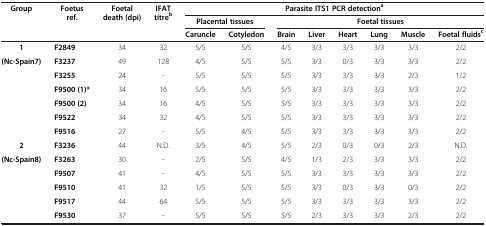
<table><thead><tr><td><b>Group</b></td><td><b> Foetus ref.</b></td><td><b>Foetal death (dpi)</b></td><td><b>IFAT titre<sup>b</sup></b></td><td colspan="8"><b>Parasite ITS1 PCR detection<sup>a</sup></b></td></tr><tr><td><b> </b></td><td><b> </b></td><td><b> </b></td><td><b> </b></td><td colspan="2"><b>Placental tissues</b></td><td colspan="6"><b>Foetal tissues</b></td></tr><tr><td><b> </b></td><td><b> </b></td><td><b> </b></td><td><b> </b></td><td><b>Caruncle</b></td><td><b>Cotyledon</b></td><td><b>Brain</b></td><td><b>Liver</b></td><td><b>Heart</b></td><td><b>Lung</b></td><td><b>Muscle</b></td><td><b>Foetal fluids<sup>c</sup></b></td></tr></thead><tbody><tr><td><b>1</b></td><td><b>F2849</b></td><td>34</td><td>32</td><td>5/5</td><td>5/5</td><td>4/5</td><td>3/3</td><td>3/3</td><td>3/3</td><td>3/3</td><td>2/2</td></tr><tr><td rowspan="6"><b>(Nc-Spain7)</b></td><td><b>F3237</b></td><td>49</td><td>128</td><td>4/5</td><td>5/5</td><td>5/5</td><td>3/3</td><td>0/3</td><td>3/3</td><td>3/3</td><td>2/2</td></tr><tr><td><b>F3255</b></td><td>24</td><td>-</td><td>5/5</td><td>5/5</td><td>5/5</td><td>3/3</td><td>3/3</td><td>3/3</td><td>2/3</td><td>1/2</td></tr><tr><td><b>F9500 (1)*</b></td><td>34</td><td>16</td><td>5/5</td><td>5/5</td><td>5/5</td><td>3/3</td><td>3/3</td><td>3/3</td><td>3/3</td><td>2/2</td></tr><tr><td><b>F9500 (2)</b></td><td>34</td><td>16</td><td>4/5</td><td>5/5</td><td>5/5</td><td>3/3</td><td>3/3</td><td>3/3</td><td>3/3</td><td>2/2</td></tr><tr><td><b>F9522</b></td><td>34</td><td>32</td><td>4/5</td><td>5/5</td><td>5/5</td><td>3/3</td><td>3/3</td><td>3/3</td><td>3/3</td><td>2/2</td></tr><tr><td><b>F9516</b></td><td>27</td><td>-</td><td>5/5</td><td>4/5</td><td>5/5</td><td>3/3</td><td>3/3</td><td>3/3</td><td>3/3</td><td>2/2</td></tr><tr><td><b>2</b></td><td><b>F3236</b></td><td>44</td><td>N.D.</td><td>3/5</td><td>4/5</td><td>5/5</td><td>2/3</td><td>0/3</td><td>0/3</td><td>2/3</td><td>N.D.</td></tr><tr><td rowspan="4"><b>(Nc-Spain8)</b></td><td><b>F3263</b></td><td>30</td><td>-</td><td>2/5</td><td>5/5</td><td>4/5</td><td>1/3</td><td>2/3</td><td>3/3</td><td>3/3</td><td>2/2</td></tr><tr><td><b>F9507</b></td><td>41</td><td>-</td><td>4/5</td><td>5/5</td><td>5/5</td><td>3/3</td><td>3/3</td><td>3/3</td><td>3/3</td><td>2/2</td></tr><tr><td><b>F9510</b></td><td>41</td><td>32</td><td>1/5</td><td>5/5</td><td>5/5</td><td>3/3</td><td>0/3</td><td>3/3</td><td>0/3</td><td>2/2</td></tr><tr><td><b>F9517</b></td><td>44</td><td>64</td><td>5/5</td><td>5/5</td><td>5/5</td><td>3/3</td><td>3/3</td><td>3/3</td><td>3/3</td><td>2/2</td></tr><tr><td> </td><td><b>F9530</b></td><td>37</td><td>-</td><td>5/5</td><td>5/5</td><td>5/5</td><td>2/3</td><td>3/3</td><td>3/3</td><td>2/3</td><td>2/2</td></tr></tbody></table>